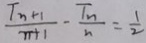
\frac { T _ { n } + 1 } { n + 1 } - \frac { T _ { n } } { n } = \frac { 1 } { 2 }